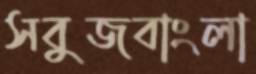
সবুজবাংলা